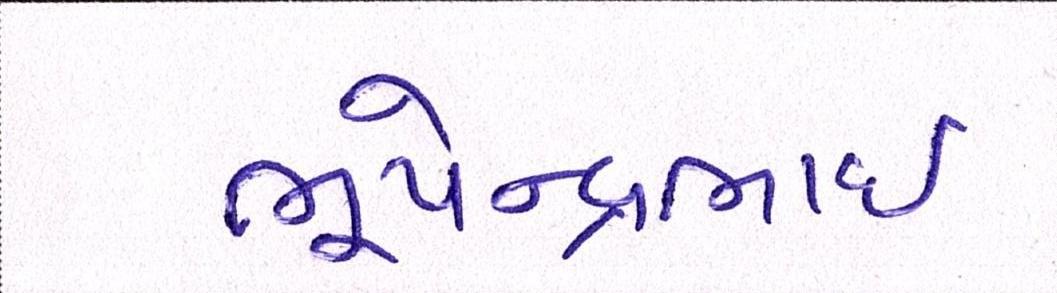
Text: ભૂપેન્દ્રભાઈ